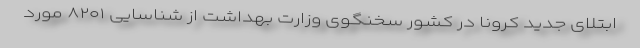
ابتلای جدید کرونا در کشور سخنگوی وزارت بهداشت از شناسایی ۸۲۰۱ مورد